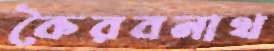
কৈরবনাথ